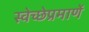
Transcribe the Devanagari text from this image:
स्वेच्छेप्रमाणें